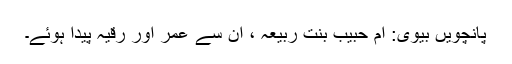
پانچویں بیوی: ام حبیب بنت ربیعہ ، ان سے عمر اور رقیہ پیدا ہوئے۔